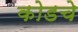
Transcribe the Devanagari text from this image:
कोडचे